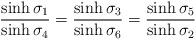
LaTeX: \begin{align*}\frac{\sinh \sigma_1}{\sinh \sigma_4} = \frac{\sinh \sigma_3}{\sinh \sigma_6} = \frac{\sinh \sigma_5}{\sinh \sigma_2}\end{align*}